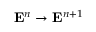
{ \bf E } ^ { n } \rightarrow { \bf E } ^ { n + 1 }